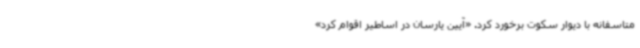
متاسفانه با دیوار سکوت برخورد کرد. «آیین یارسان در اساطیر اقوام کرد»